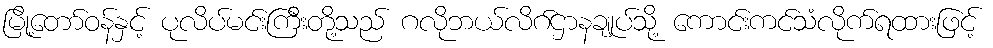
မြို့တော်ဝန်နှင့် ပုလိပ်မင်းကြီးတို့သည် ဂလိုဘယ်လိဂ်ဌာနချုပ်သို့ ကောင်းကင်သံလိုက်ရထားဖြင့်